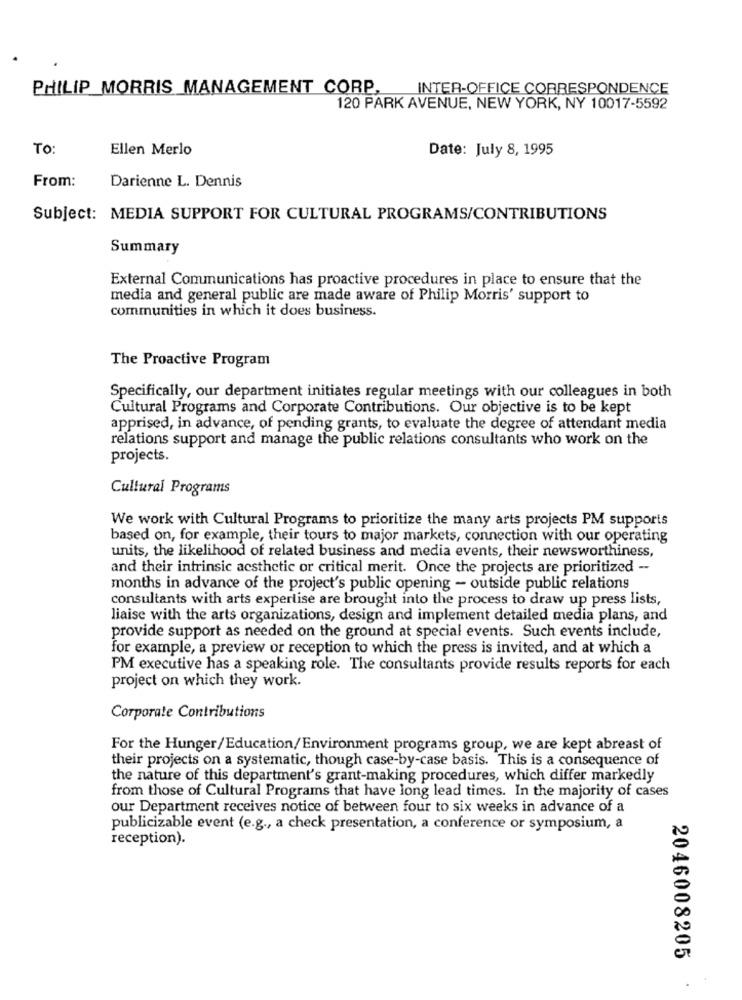
PHILIP MORRIS MANAGEMENT CORP,
INTER-OFFICE CORRESPONDENCE
120 PARK AVENUE, NEW YORK, NY 10017-5592
TO:
Ellen Merlo
Date: July 8, 1995
From:
Darienne L. Dennis
Subject: MEDIA SUPPORT FOR CULTURAL PROGRAMS/CONTRIBUTIONS
Summary
External Communications has proactive procedures in place to ensure that the
media and general public are made aware of Philip Morris' support to
communities in which it does business.
The Proactive Program
Specifically, our department initiates regular meetings with our colleagues in both
Cultural Programs and Corporate Contributions. Our objective is to be kept
apprised, in advance, of pending grants, to evaluate the degree of attendant media
relations support and manage the public relations consultants who work on the
projects.
Cultural Programs
We work with Cultural Programs to prioritize the many arts projects PM supports
based on, for example, their tours to major markets, connection with our operating
units, the likelihood of related business and media events, their newsworthiness,
and their intrinsic acsthetic or critical merit. Once the projects are prioritized --
months in advance of the project's public opening - outside public relations
consultants with arts expertise are brought into the process to draw up press lists,
liaise with the arts organizations, design and implement detailed media plans, and
provide support as needed on the ground at special events. Such events include,
for example, a preview or reception to which the press is invited, and at which a
PM executive has a speaking role. The consultants provide results reports for each
project on which they work.
Corporate Contributions
For the Hunger/Education/Environment programs group, we are kept abreast of
their projects on a systematic, though case-by-case basis. This is a consequence of
the nature of this department's grant-making procedures, which differ markedly
from those of Cultural Programs that have long lead times. In the majority of cases
our Department receives notice of between four to six weeks in advance of a
publicizable event (e.g ., a check presentation, a conference or symposium, a
reception).
2046008205